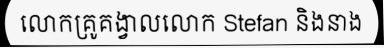
លោកគ្រូគង្វាលលោក Stefan និងនាង